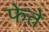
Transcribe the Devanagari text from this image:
फेते